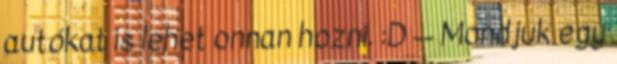
autókat is lehet onnan hozni. :D -- Mondjuk egy